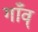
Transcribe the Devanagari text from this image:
गाँव्